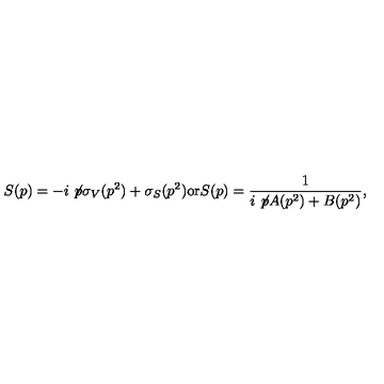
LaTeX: S ( p ) = - i \not \! p \sigma _ { V } ( p ^ { 2 } ) + \sigma _ { S } ( p ^ { 2 } ) \mathrm { o r } S ( p ) = \frac { 1 } { i \not \! p A ( p ^ { 2 } ) + B ( p ^ { 2 } ) } ,